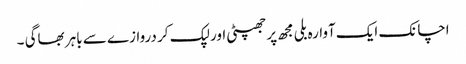
اچانک ایک آوارہ بلی مجھ پر جھپٹی اور لپک کر دروازے سے باہر بھاگی ۔